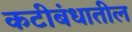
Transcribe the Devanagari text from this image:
कटीबंधातील